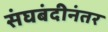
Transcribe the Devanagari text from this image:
संघबंदीनंतर